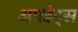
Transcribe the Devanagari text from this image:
अपडेट्स